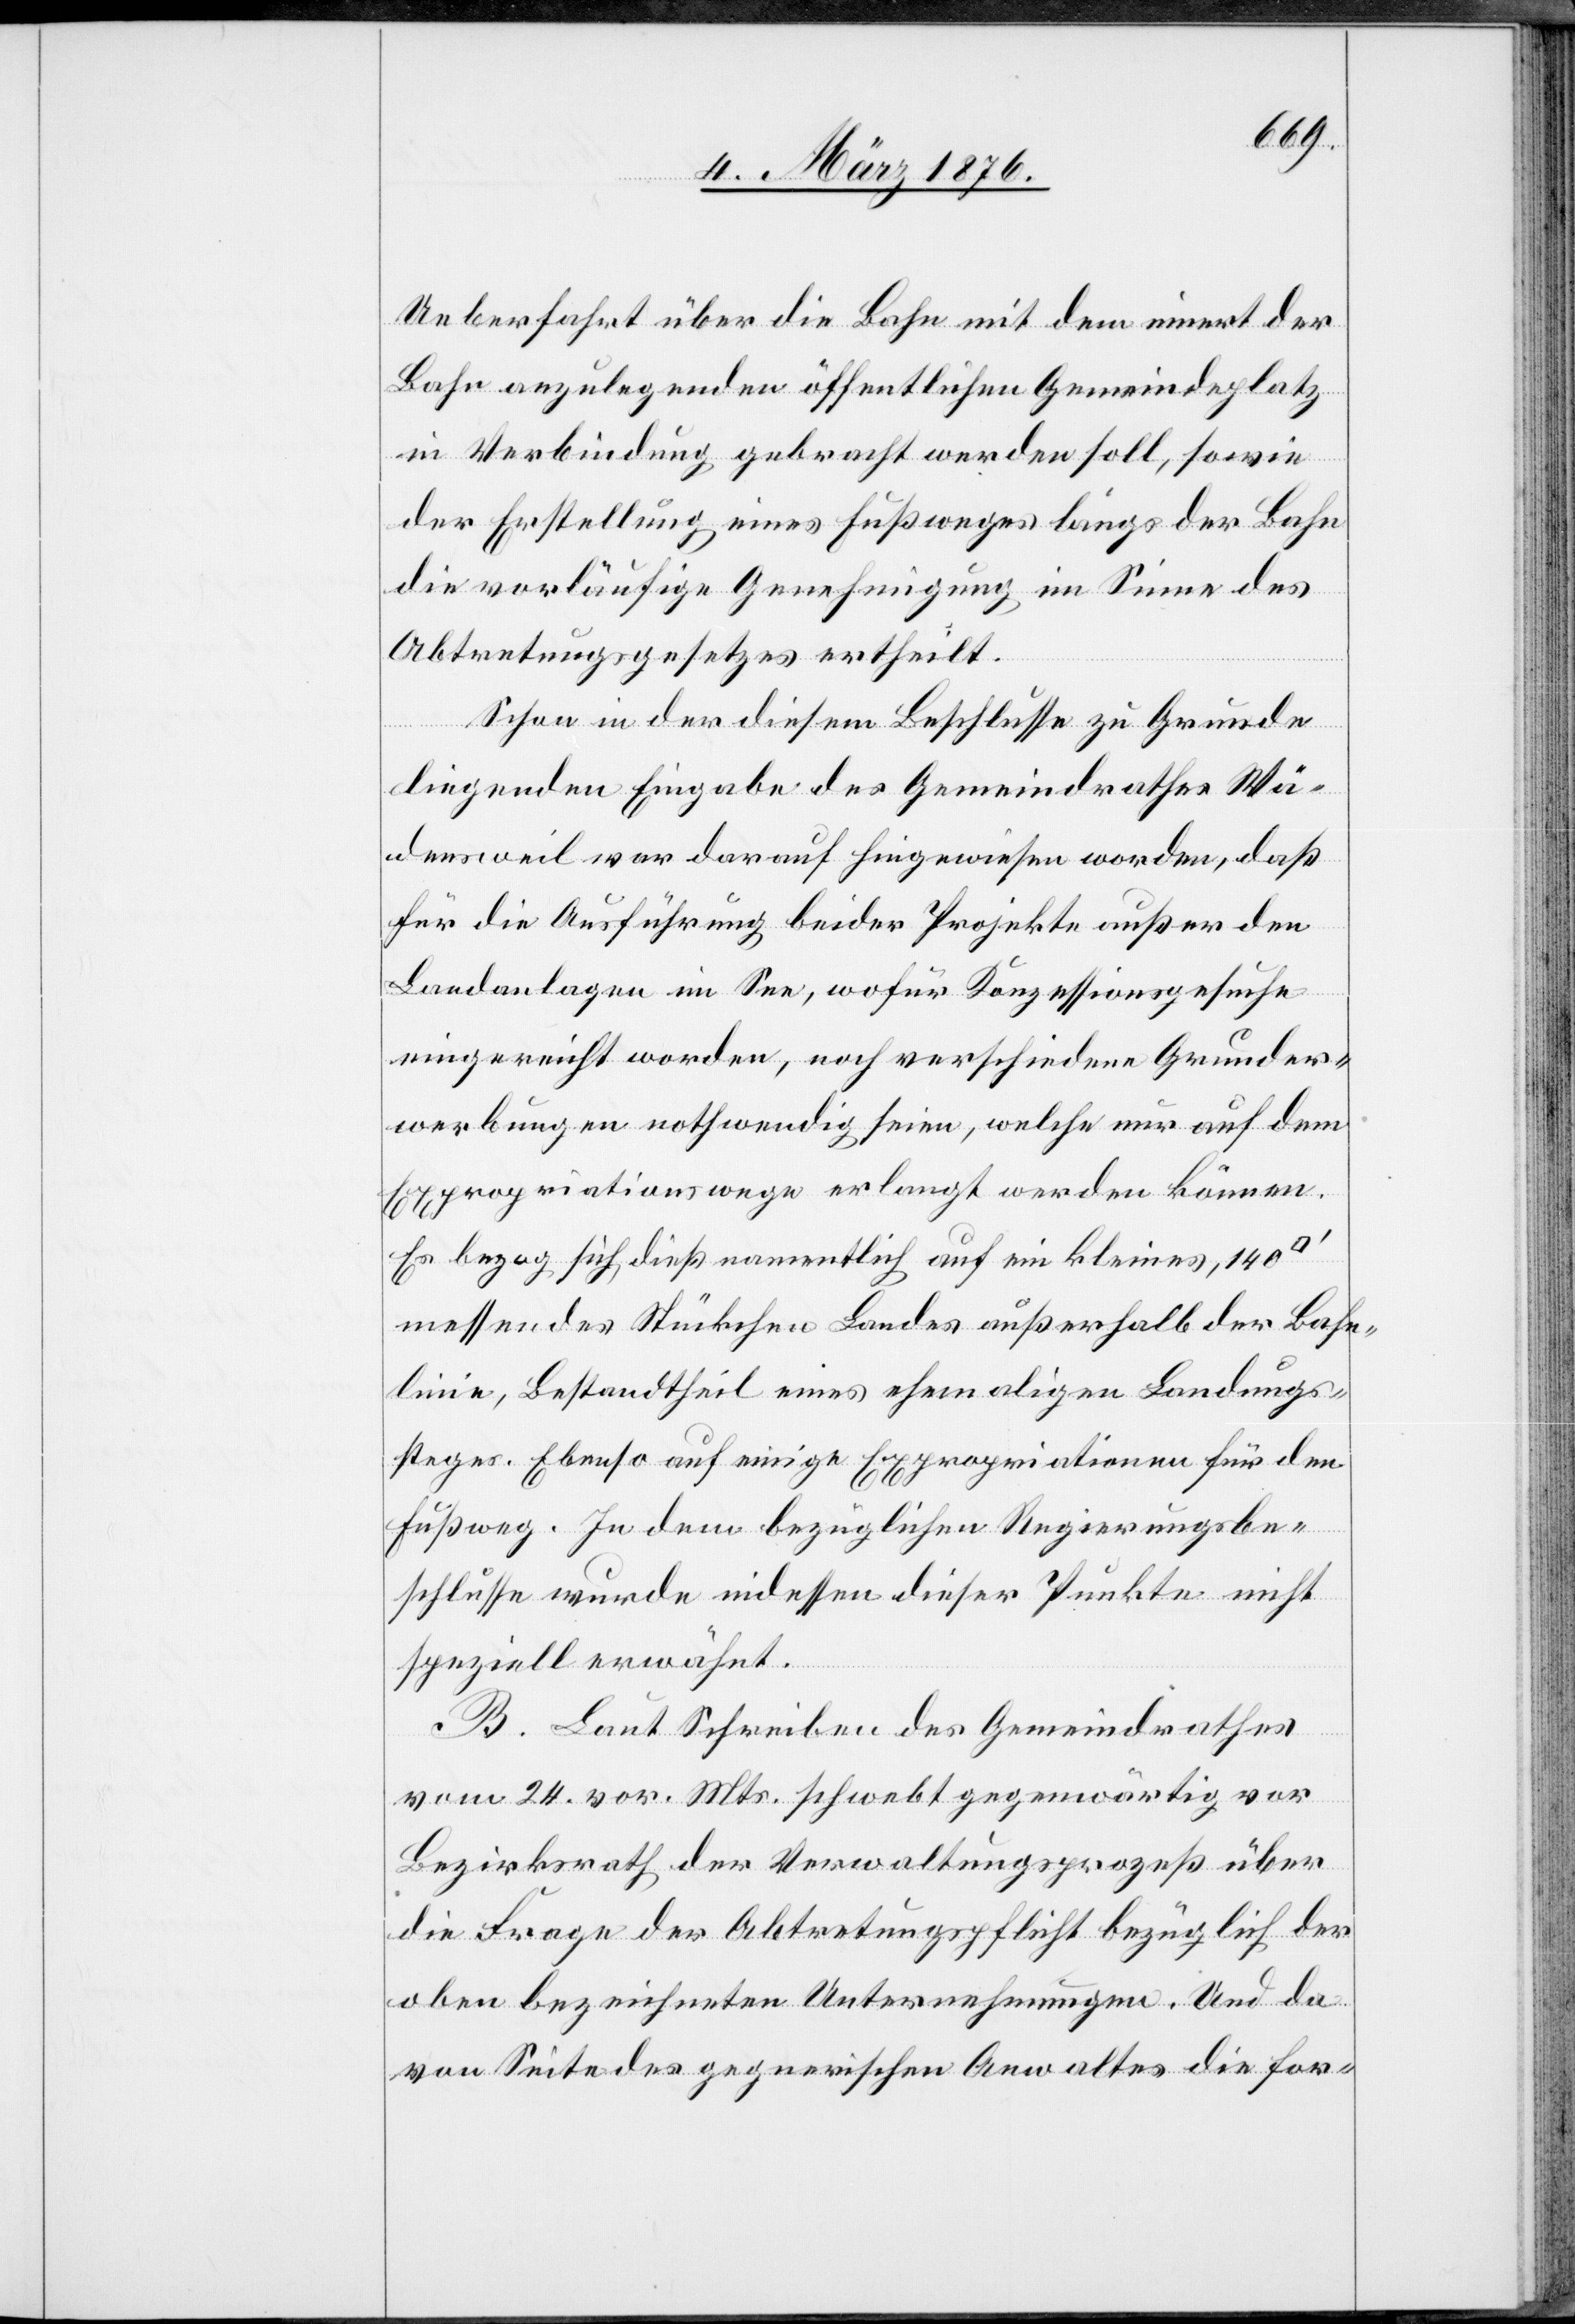
Ueberfahrt über die Bahn mit dem innert der
Bahn anzulegenden öffentlichen Gemeindeplatz
in Verbindung gebracht werden soll, sowie
der Erstellung eines Fußweges längs der Bahn
die vorläufige Genehmigung im Sinne des
Abtretungsgesetzes ertheilt.
Schon in der diesem Beschlusse zu Grunde
liegenden Eingabe des Gemeindrathes Wä¬
densweil war darauf hingewiesen worden, daß
für die Ausführung beider Projekte außer den
Landanlagen im See, wofür Konzessionsgesuche
eingereicht worden, noch verschiedene Grunder¬
werbungen nothwendig seien, welche nur auf dem
Expropriationswege erlangt werden können.
Es bezog sich, dieß namentlich auf ein kleines, 140
messendes Stückchen Landes außerhalb der Bahn¬
linie, Bestandtheil eines ehemaligen Landungs¬
steges. Ebenso auf einige Expropriationen für den
Fußweg. In dem bezüglichen Regierungsbe¬
schlusse wurde indessen dieser Punkte nicht
speziell erwähnt.
B. Laut Schreiben des Gemeindrathes
vom 24. vor. Mts. schwebt gegenwärtig vor
Bezirksrath der Verwaltungsprozeß über
die Frage der Abtretungspflicht bezüglich der
oben bezeichneten Unternehmungen. Und da
von Seite des gegnerischen Anwaltes die for-